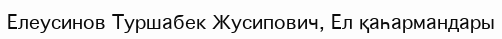
Елеусинов Туршабек Жусипович, Ел қаһармандары